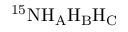
\mathrm { ^ { 1 5 } N H _ { A } H _ { B } H _ { C } }